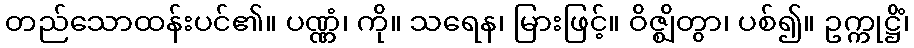
တည်သောထန်းပင်၏။ ပဏ္ဏံ၊ ကို။ သရေန၊ မြားဖြင့်။ ဝိဇ္ဈိတွာ၊ ပစ်၍။ ဥက္ကုဋ္ဌိံ၊